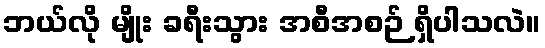
ဘယ်လို မျိုး ခရီးသွား အစီအစဉ် ရှိပါသလဲ။